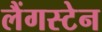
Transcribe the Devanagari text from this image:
लैंगस्टेन